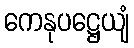
ကေနုပဋ္ဌေယျံ